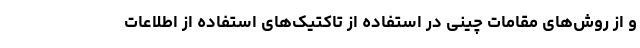
و از روش‌های مقامات چینی در استفاده از تاکتیک‌های استفاده از اطلاعات